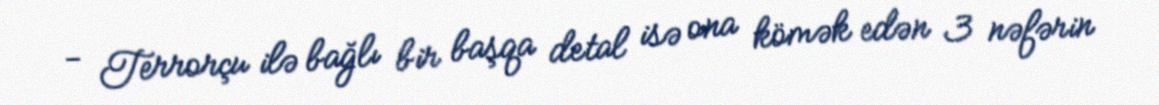
- Terrorçu ilə bağlı bir başqa detal isə ona kömək edən 3 nəfərin